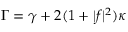
\Gamma = \gamma + 2 ( 1 + | f | ^ { 2 } ) \kappa